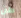
طن